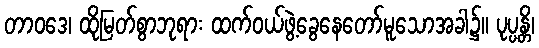
တာဝဒေ၊ ထိုမြတ်စွာဘုရား ထက်ဝယ်ဖွဲ့ခွေနေတော်မူသောအခါ၌။ ပုပ္ပန္တိ၊